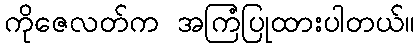
ကိုဇေလတ်က အကြံပြုထားပါတယ်။